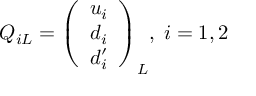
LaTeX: Q _ { i L } = \left( \begin{array} { c } { { u _ { i } } } \\ { { d _ { i } } } \\ { { d _ { i } ^ { \prime } } } \end{array} \right) _ { L } \! , \; i = 1 , 2